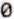
0